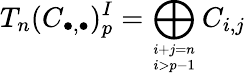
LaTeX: T_{n}(C_{\bullet,\bullet})_{p}^{I}=\bigoplus_{i+j=n\atop i>p-1}C_{i,j}